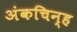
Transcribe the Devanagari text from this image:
अंकचिन्ह